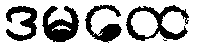
ဒမထေ